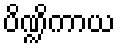
ပိဏ္ဍိကာယ